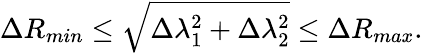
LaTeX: \Delta R_{min}\le\sqrt{\Delta\lambda_{1}^{2}+\Delta\lambda_{2}^{2}}\le\Delta R_{max}.